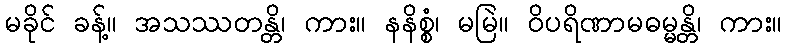
မခိုင် ခန့်။ အသဿတန္တိ၊ ကား။ နနိစ္စံ၊ မမြဲ။ ဝိပရိဏာမဓမ္မန္တိ၊ ကား။